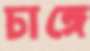
চাঙ্গে